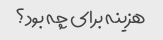
هزینه برای چه بود؟